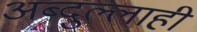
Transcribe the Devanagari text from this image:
अब्दुल्लाही